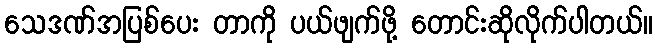
သေဒဏ်အပြစ်ပေး တာကို ပယ်ဖျက်ဖို့ တောင်းဆိုလိုက်ပါတယ်။